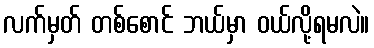
လက်မှတ် တစ်စောင် ဘယ်မှာ ဝယ်လို့ရမလဲ။